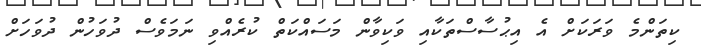
ކިތަންމެ ވަރަކަށް އެ އިޙުސާސްތަކާއި ވަކިވާން މަސައްކަތް ކުރެއްވި ނަމަވެސް ދުވަހުން ދުވަހަށް